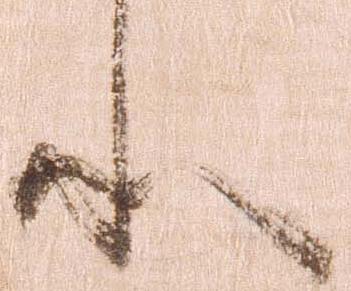
状